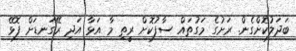
ބަދަަލުކޮށްގެން. ރަށުގެ މަގުތައް ސާފުކޮށް ރީތި މާ އަޅާ އަދި ރޭގަނޑަށް ފޮޅޭ